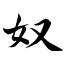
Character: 奴